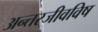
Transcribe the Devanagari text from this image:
अन्तरजीवविष